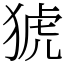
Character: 猇